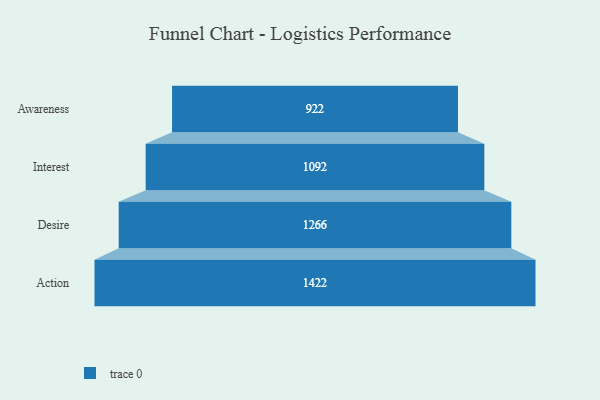
{"axis": {"x": "Stage", "y": "Value"}, "legend": [""], "data": [{"x": "Awareness", "y": 922.0, "type": ""}, {"x": "Interest", "y": 1092.0, "type": ""}, {"x": "Desire", "y": 1266.0, "type": ""}, {"x": "Action", "y": 1422.0, "type": ""}]}